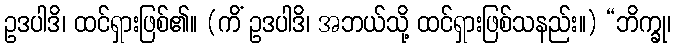
ဥဒပါဒိ၊ ထင်ရှားဖြစ်၏။ (ကိံ ဥဒပါဒိ၊ အဘယ်သို့ ထင်ရှားဖြစ်သနည်း။) “ဘိက္ခု၊